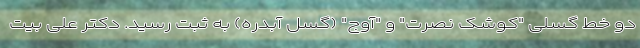
دو خط گسلی "کوشک نصرت" و "آوج" (گسل آبدره) به ثبت رسید. دکتر علی بیت